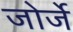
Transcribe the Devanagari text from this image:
जोर्जे